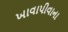
ખાવાપીવાના